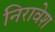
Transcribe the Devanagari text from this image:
निरावेश